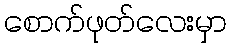
စောက်ဖုတ်လေးမှာ